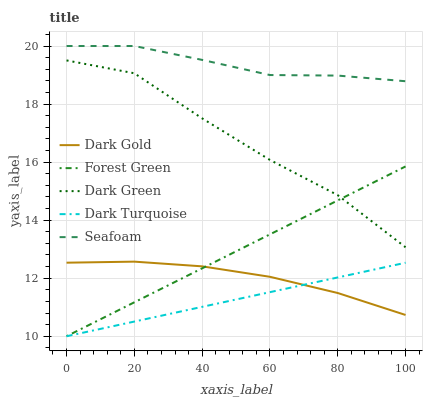
| xaxis_label | Dark Gold | Forest Green | Dark Green | Dark Turquoise | Seafoam |
 | --- | --- | --- | --- | --- | --- |
 | 0 | 12.5 | 10 | 19.5 | 10 | 20 |
 | 20 | 12.6 | 11.2 | 19.1 | 10.5 | 20 |
 | 40 | 12.4 | 12.3 | 17.5 | 11 | 19.5 |
 | 60 | 12 | 13.5 | 16.1 | 11.5 | 19 |
 | 80 | 11.5 | 14.7 | 14.9 | 12 | 19 |
 | 100 | 10.7 | 15.9 | 13.1 | 12.5 | 18.8 |